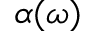
\alpha ( \omega )